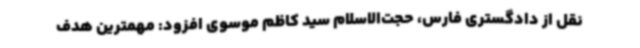
نقل از دادگستری فارس، حجت‌الاسلام سید کاظم موسوی افزود: مهمترین هدف